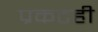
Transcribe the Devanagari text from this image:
प्रकटही